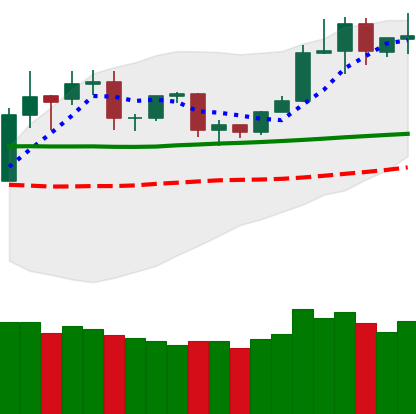
Ticker: TRX-USD
Chart end date: 2020-02-02
Forward return: 15.285%
Label: up_7plus